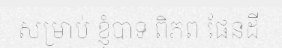
សម្រាប់ ខ្ញុំបាទ ពិភព ផែនដី